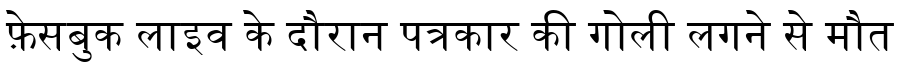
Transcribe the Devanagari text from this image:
फ़ेसबुक लाइव के दौरान पत्रकार की गोली लगने से मौत